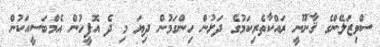
ސްވިޒަލޭންގެ ޤާނޫނީ ރައްކާތެރިކަމުގެ ދަށުން ހިންގަމުން ދިޔަ މި ދެ އޮފީހުން އެމްބަސީއަކުން